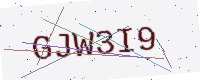
Text: GJW3I9